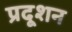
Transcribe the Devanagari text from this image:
प्रदूशन